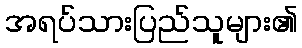
အရပ်သားပြည်သူများ၏